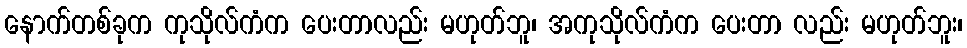
နောက်တစ်ခုက ကုသိုလ်ကံက ပေးတာလည်း မဟုတ်ဘူ၊ အကုသိုလ်ကံက ပေးတာ လည်း မဟုတ်ဘူး၊